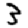
Digit: 3